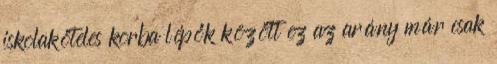
iskolaköteles korba lépők között ez az arány már csak